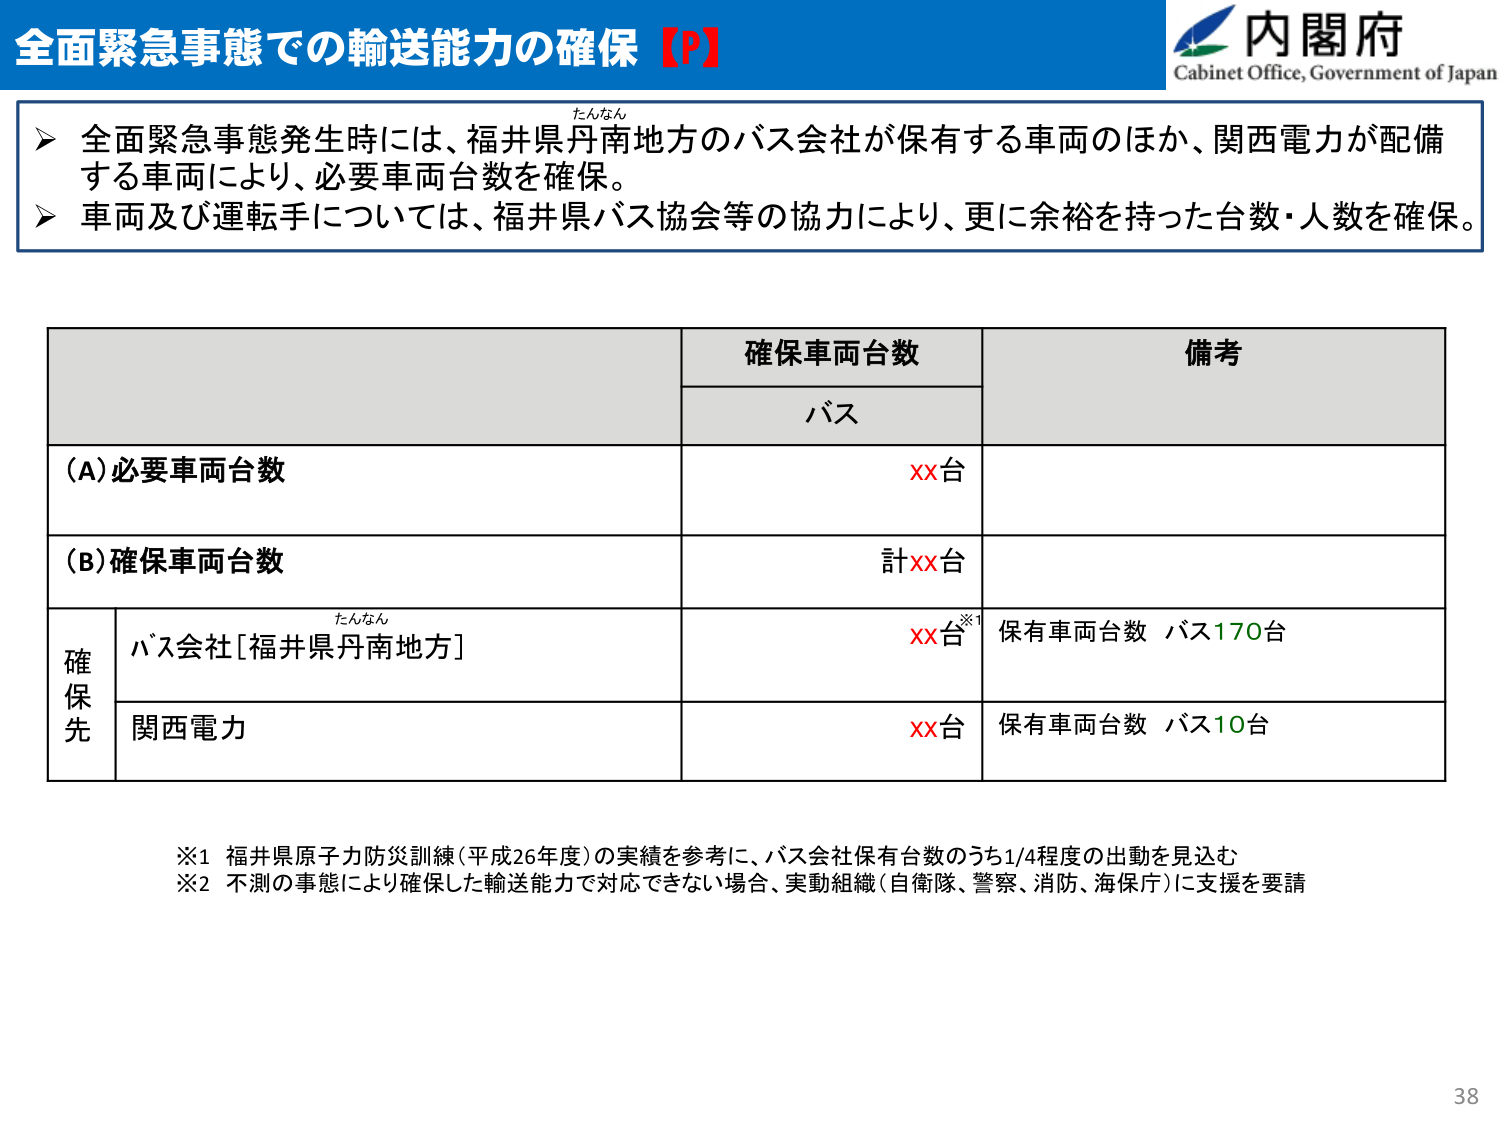
全面緊急事態での輸送能力の確保【P】
内閣府
Cabinet Office, Government of Japan
たんなん
▶ 全面緊急事態発生時には、福井県丹南地方のバス会社が保有する車両のほか、関西電力が配備
する車両により、必要車両台数を確保。
▶ 車両及び運転手については、福井県バス協会等の協力により、更に余裕を持った台数・人数を確保。
確保車両台数
備考
バス
(A)必要車両台数
XX台
(B)確保車両台数
計XX台
たんなん
※1
確保先
バス会社[福井県丹南地方]
XX台
保有車両台数 バス170台
関西電力
XX台
保有車両台数 バス10台
※1 福井県原子力防災訓練(平成26年度)の実績を参考に、バス会社保有台数のうち1/4程度の出動を見込む
※2 不測の事態により確保した輸送能力で対応できない場合、実動組織(自衛隊、警察、消防、海保庁)に支援を要請
38